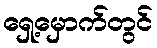
ရှေ့မှောက်တွင်